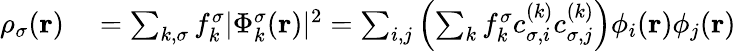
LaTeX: \begin{array}{rl}{\rho_{\sigma}({\mathbf r})}&{{}=\sum_{k,\sigma}f_{k}^{\sigma}\vert\Phi_{k}^{\sigma}({\mathbf r})\vert^{2}=\sum_{i,j}\left(\sum_{k}f_{k}^{\sigma}c_{\sigma,i}^{(k)}c_{\sigma,j}^{(k)}\right)\phi_{i}({\mathbf r})\phi_{j}({\mathbf r})}\end{array}